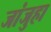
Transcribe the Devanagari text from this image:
जांजुहा